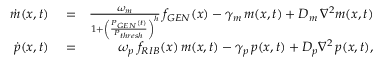
\begin{array} { r l r } { \dot { m } ( x , t ) } & { { } = } & { \frac { \omega _ { m } } { 1 + \left( \frac { P _ { G E N } ( t ) } { P _ { t h r e s h } } \right) ^ { h } } \, f _ { G E N } ( x ) - \gamma _ { m } \, m ( x , t ) + D _ { m } \, \nabla ^ { 2 } m ( x , t ) } \\ { \dot { p } ( x , t ) } & { { } = } & { \omega _ { p } \; f _ { R I B } ( x ) \, m ( x , t ) - \gamma _ { p } \, p ( x , t ) + D _ { p } \nabla ^ { 2 } \, p ( x , t ) , } \end{array}